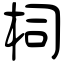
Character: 柌